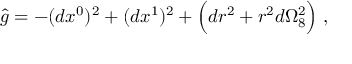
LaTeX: \hat { g } = - ( d x ^ { 0 } ) ^ { 2 } + ( d x ^ { 1 } ) ^ { 2 } + \Big ( d r ^ { 2 } + r ^ { 2 } d \Omega _ { 8 } ^ { 2 } \Big ) \; ,